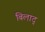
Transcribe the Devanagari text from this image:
बिलाद्